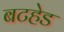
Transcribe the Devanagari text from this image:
बटहेड